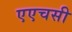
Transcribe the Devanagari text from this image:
एएचसी